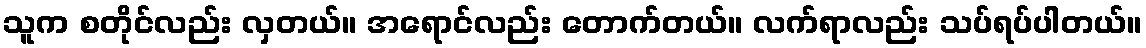
သူက စတိုင်လည်း လှတယ်။ အရောင်လည်း တောက်တယ်။ လက်ရာလည်း သပ်ရပ်ပါတယ်။